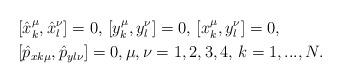
LaTeX: \begin{align*} &[\hat{x}^\mu_k,\hat{x}^\nu_l]=0,\,\left[y^\mu_k,y^\nu_l\right]=0,\,\left[x^\mu_k,y^\nu_l\right]=0,\\ &[\hat{p}_{x k\mu},\hat{p}_{y l \nu}]=0,\mu,\nu=1,2,3,4,\, k=1,...,N.\end{align*}